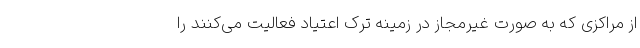
از مراکزی که به صورت غیرمجاز در زمینه ترک اعتیاد فعالیت می‌کنند را